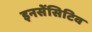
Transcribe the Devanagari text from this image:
इनसेंसिटिव